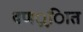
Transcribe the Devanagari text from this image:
वणर््िात